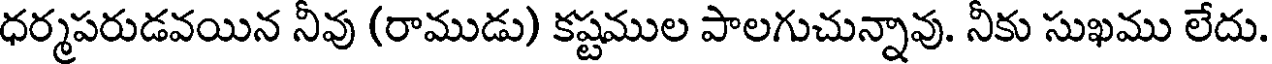
ధర్మపరుడవయిన నీవు (రాముడు) కష్టముల పాలగుచున్నావు. నీకు సుఖము లేదు.